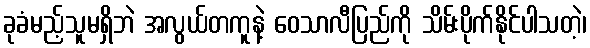
ခုခံမည့်သူမရှိဘဲ အလွယ်တကူနဲ့ ဝေသာလီပြည်ကို သိမ်းပိုက်နိုင်ပါသတဲ့၊